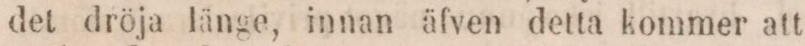
det dröja länge, innan äfven detta kommer att